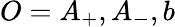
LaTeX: O=A_{+},A_{-},b